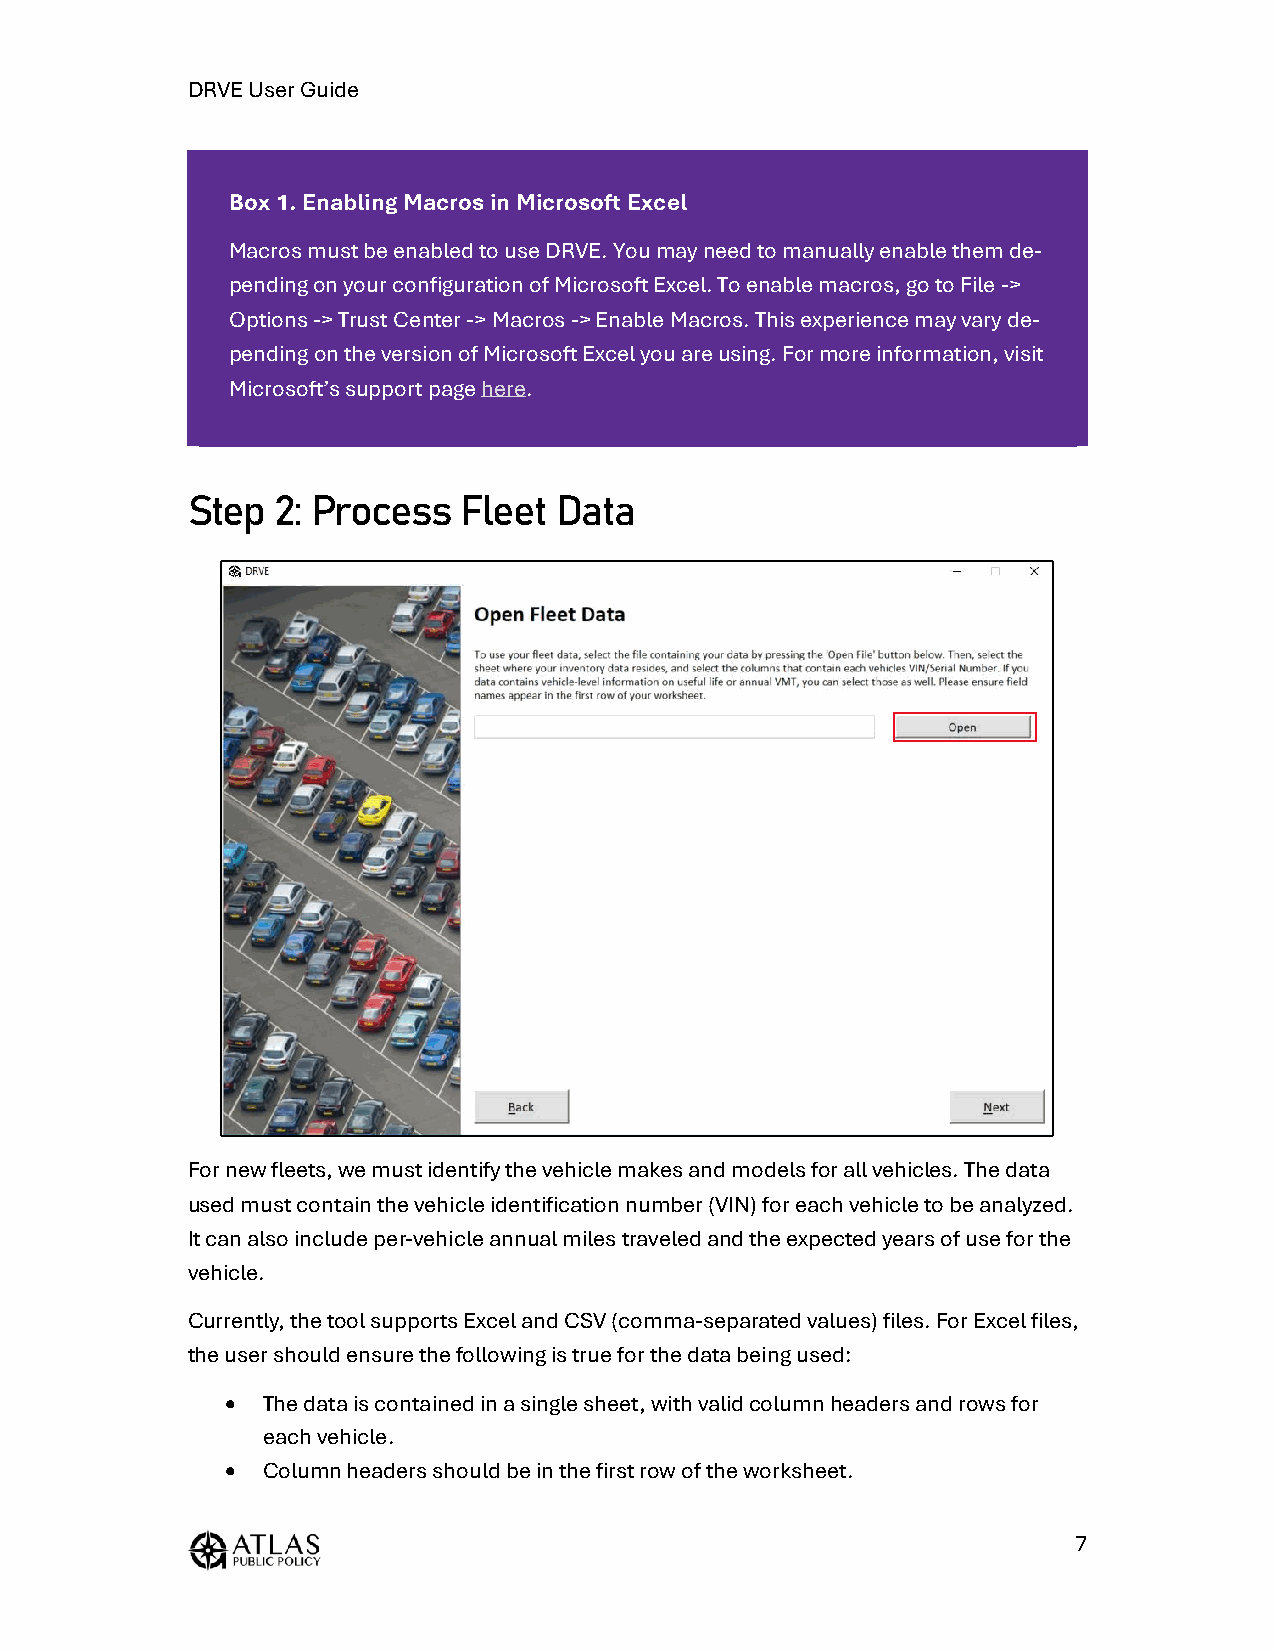
DRVE User Guide
 Box 1. Enabling Macros in Microsoft Excel
 Macros must be enabled to use DRVE. You may need to manually enable them de-
 pending on your configuration of Microsoft Excel. To enable macros, go to File ->
 Options -> Trust Center -> Macros -> Enable Macros. This experience may vary de-
 pending on the version of Microsoft Excel you are using. For more information, visit
 Microsoft’s support page here.
 Step  2: Process   Fleet Data
 For new fleets, we must identify the vehicle makes and models for all vehicles. The data
 used must contain the vehicle identification number (VIN) for each vehicle to be analyzed.
 It can also include per-vehicle annual miles traveled and the expected years of use for the
 vehicle.
 Currently, the tool supports Excel and CSV (comma-separated values) files. For Excel files,
 the user should ensure the following is true for the data being used:
 • The data is contained in a single sheet, with valid column headers and rows for
 each vehicle.
 • Column headers should be in the first row of the worksheet.
 7